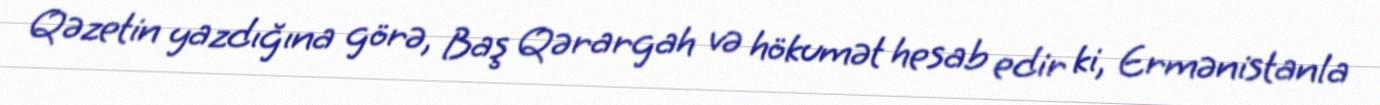
Qəzetin yazdığına görə, Baş Qərargah və hökumət hesab edir ki, Ermənistanla